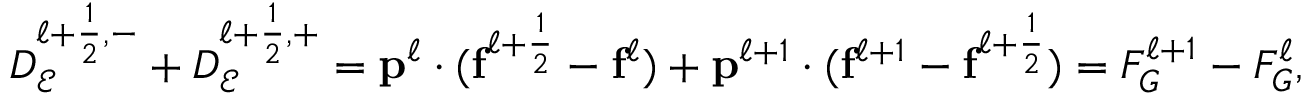
D _ { \mathcal { E } } ^ { \ell + \frac { 1 } { 2 } , - } + D _ { \mathcal { E } } ^ { \ell + \frac { 1 } { 2 } , + } = \mathbf { p } ^ { \ell } \cdot ( \mathbf { f } ^ { \ell + \frac { 1 } { 2 } } - \mathbf { f } ^ { \ell } ) + \mathbf { p } ^ { \ell + 1 } \cdot ( \mathbf { f } ^ { \ell + 1 } - \mathbf { f } ^ { \ell + \frac { 1 } { 2 } } ) = F _ { G } ^ { \ell + 1 } - F _ { G } ^ { \ell } ,